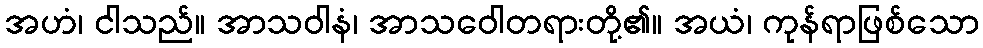
အဟံ၊ ငါသည်။ အာသဝါနံ၊ အာသဝေါတရားတို့၏။ အယံ၊ ကုန်ရာဖြစ်သော